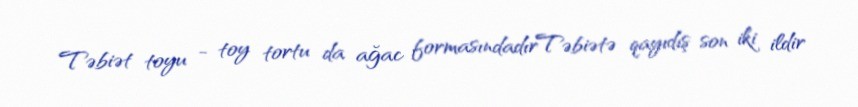
Təbiət toyu - toy tortu da ağac formasındadırTəbiətə qayıdış son iki ildir